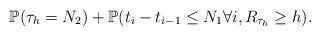
LaTeX: \begin{align*}\mathbb{P}(\tau_h=N_2)+\mathbb{P}(t_i-t_{i-1}\leq N_1\forall i, R_{\tau_h}\geq h).\end{align*}